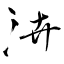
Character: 泋